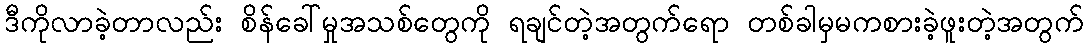
ဒီကိုလာခဲ့တာလည်း စိန်ခေါ်မှုအသစ်တွေကို ရချင်တဲ့အတွက်ရော တစ်ခါမှမကစားခဲ့ဖူးတဲ့အတွက်